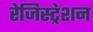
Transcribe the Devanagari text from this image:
रेजिस्ट्रेशन